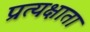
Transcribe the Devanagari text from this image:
प्रत्यक्षाता